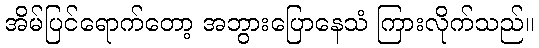
အိမ်ပြင်ရောက်တော့ အဘွားပြောနေသံ ကြားလိုက်သည်။